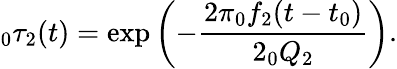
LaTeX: \phantom{}_{0}\tau_{2}(t)=\exp\left(-\frac{2\pi\phantom{}_{0}f_{2}(t-t_{0})}{2\phantom{}_{0}Q_{2}}\right).